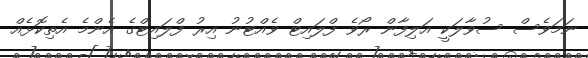
ނަމަވެސް ސުވާލަކީ އަލިފާން ރޯވެ ފްލައިޓް ވެއްޓުނު އިރު ފްލައިޓްގެ އެންމެ އެތިކޮޅެއް